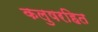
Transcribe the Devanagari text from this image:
कलुषरहित